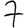
Digit: 7